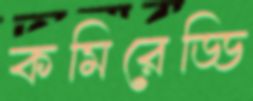
কমিরেড্ডি